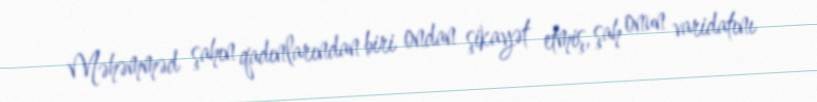
Məhəmməd şahın qadınlarından biri ondan şikayət etmiş, şah onun varidatını